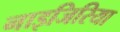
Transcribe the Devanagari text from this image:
नाइजिरिया